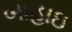
બાહાઇ